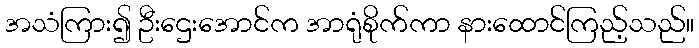
အသံကြား၍ ဦးဌေးအောင်က အာရုံစိုက်ကာ နားထောင်ကြည့်သည်။